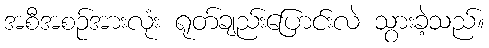
အစီအစဉ်အားလုံး ရုတ်ချည်းပြောင်းလဲ သွားခဲ့သည်။